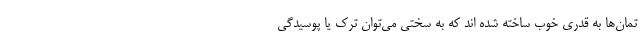
تمان‌ها به قدری خوب ساخته شده اند که به سختی می‌توان ترک یا پوسیدگی